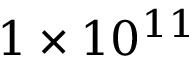
1 \times 1 0 ^ { 1 1 }